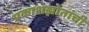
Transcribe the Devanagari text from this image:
प्रकाशझोतांची